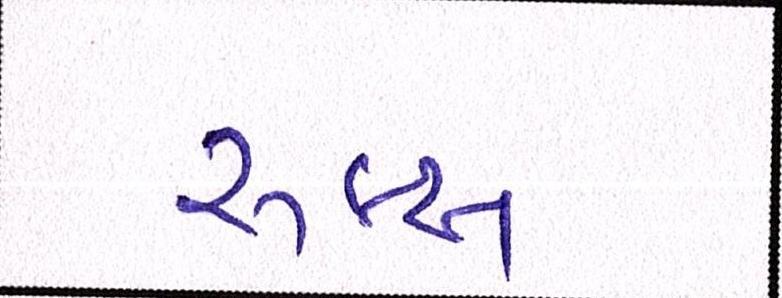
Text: રૂલ્સ